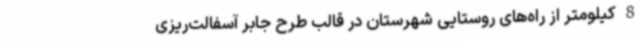
8 کیلومتر از راه‌های روستایی شهرستان در قالب طرح جابر آسفالت‌ریزی